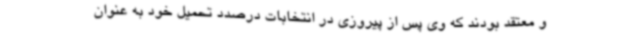
و معتقد بودند که وی پس از پیروزی در انتخابات درصدد تحمیل خود به عنوان